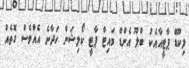
ލިކޫޑް ޕާޓީއާއެކު ބްލޫ އެންޑް ވައިޓް ޕާޓީ ކޯލިޝަން ހަދާނެ އެއްވެސް ގޮތެއް